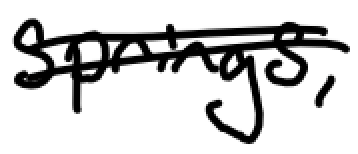
Text: Springs,
Cross-out: double-line
Writing tool: digital_black